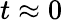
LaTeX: t\approx 0